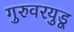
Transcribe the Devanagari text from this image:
गुरुवरयुडू